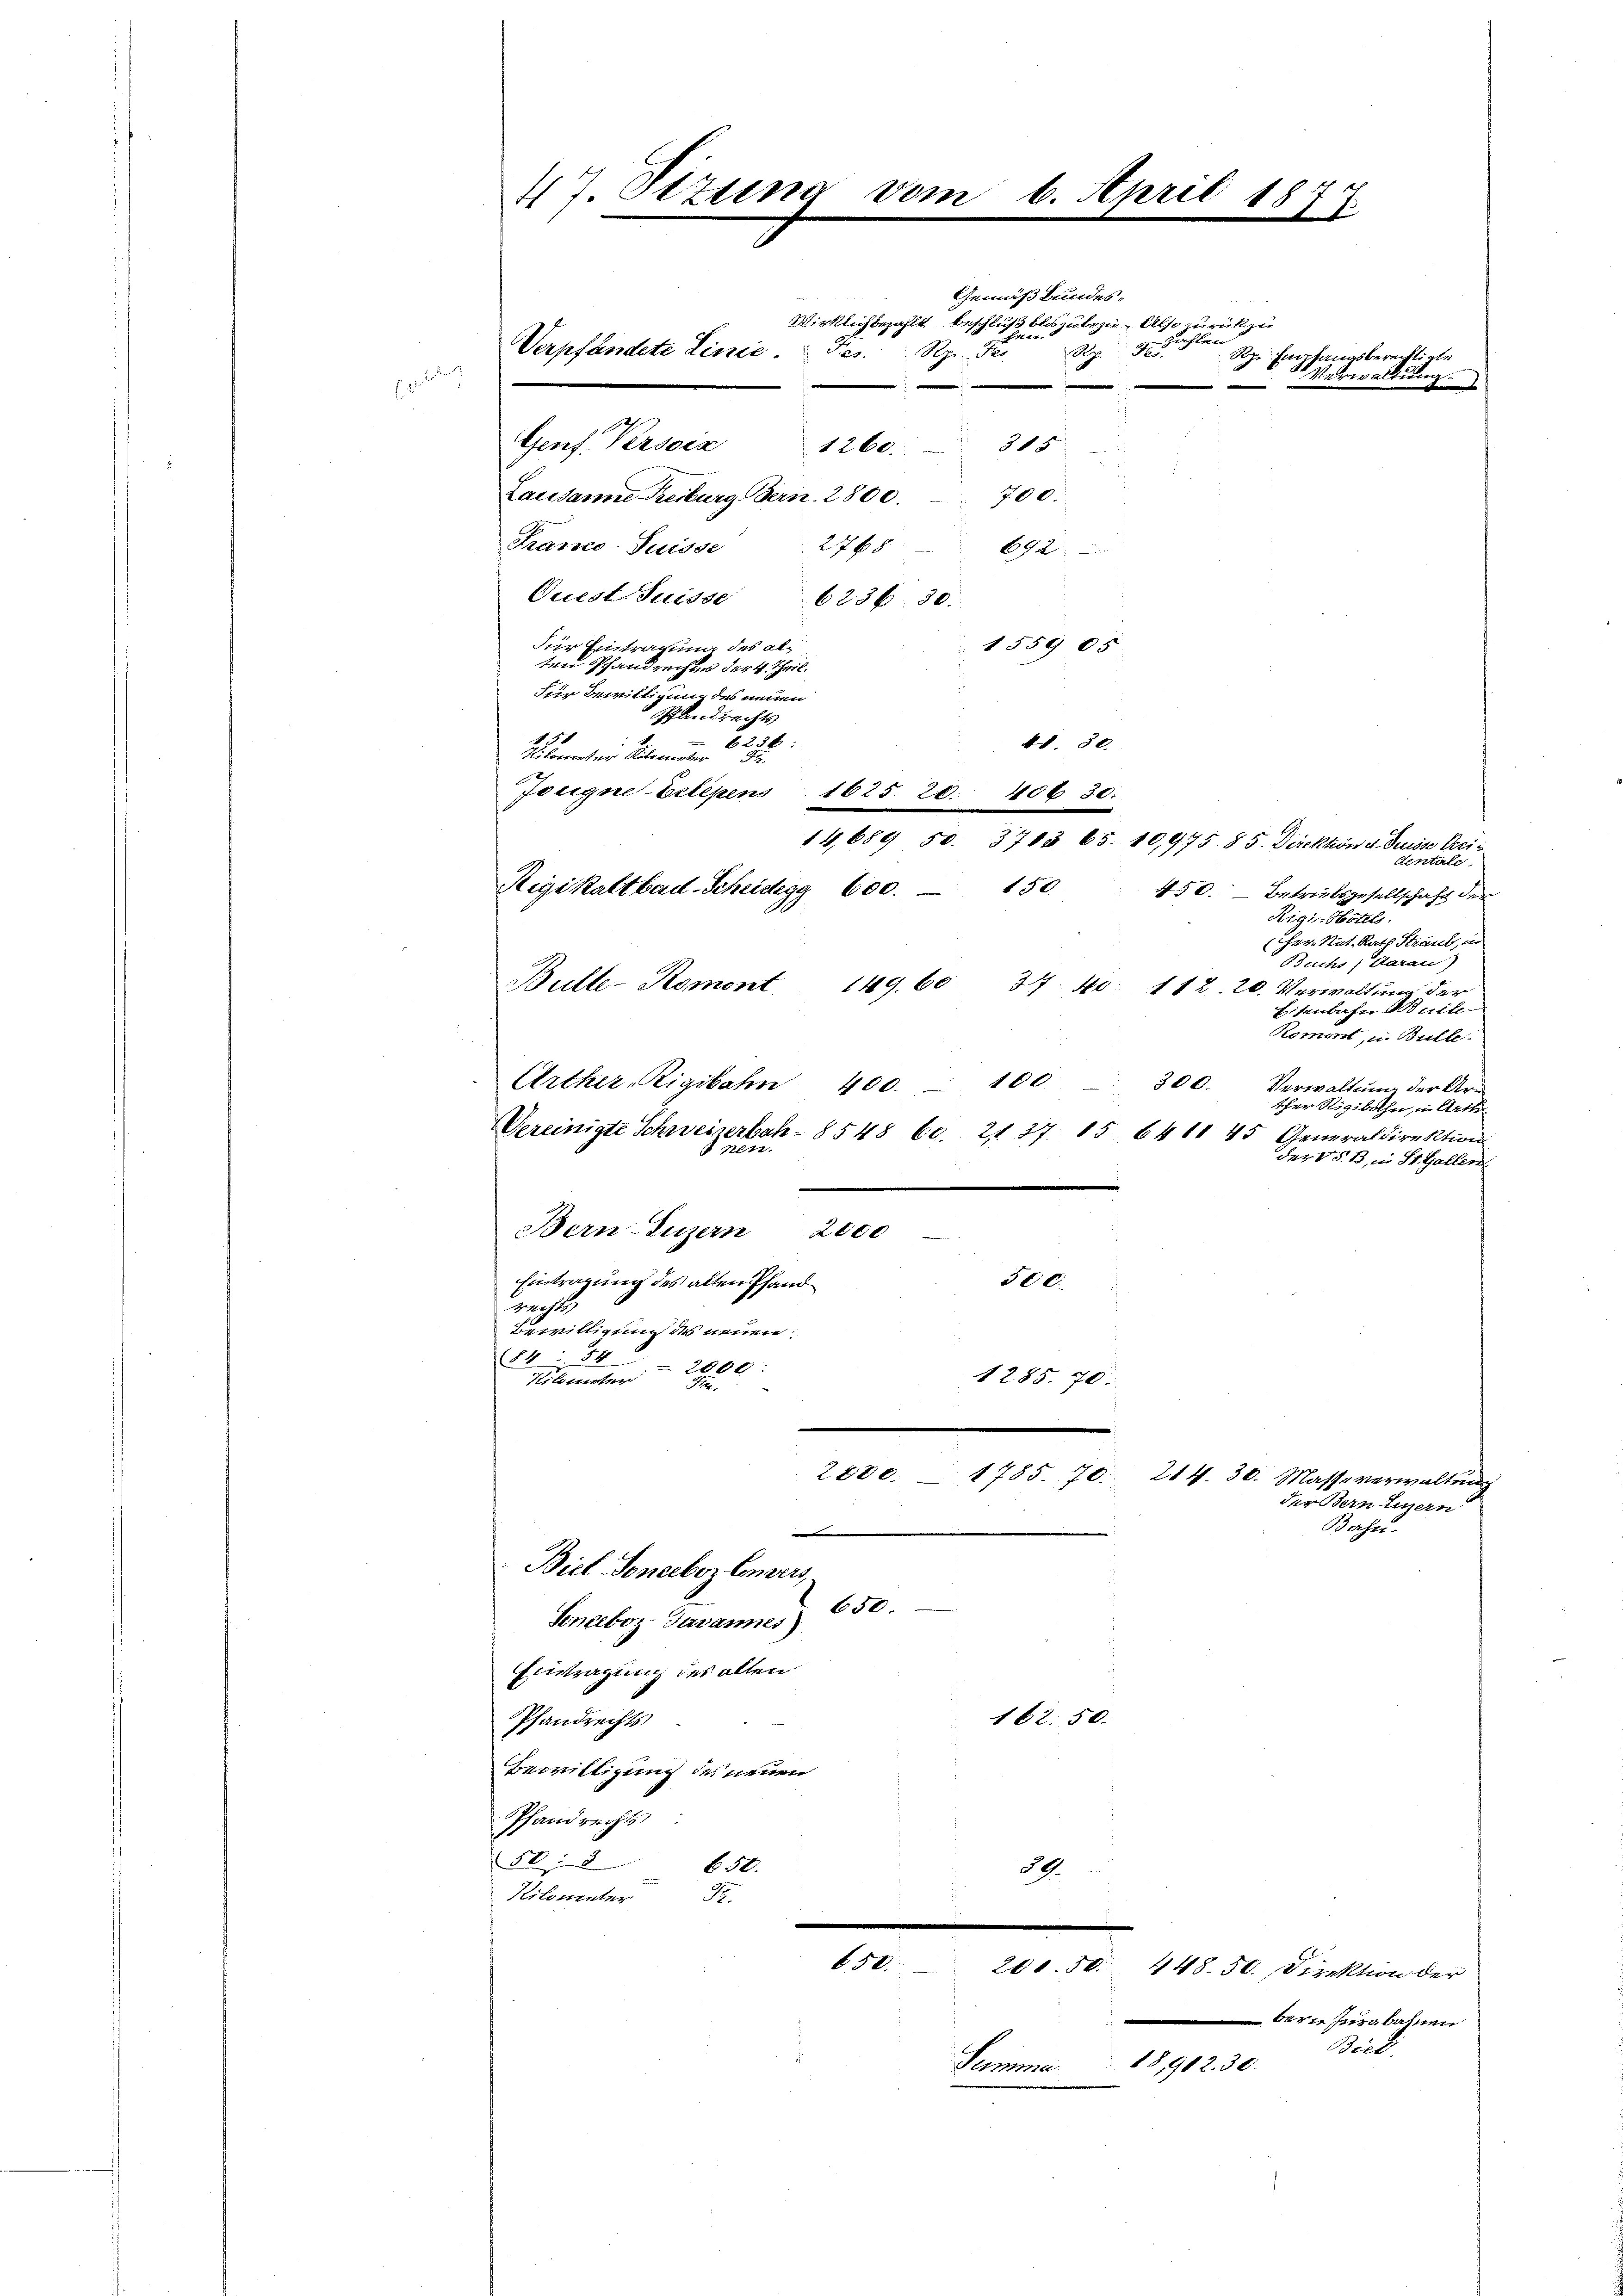
47. Sitzung vom 6. April 1844
.
.

Gemäß Bundes¬
Wirklich bezahlt beschluß bloszubezu. Also zurück zu
Verpfändete Linie.  Fes
Rp. 5
Rp. Per
Genf Persoix
3 f 5
1260.
Lausanne Freiburg, Bern. 2800. 700.
Franco- Puisse 2765 692
Quest Suisse
6236. 30.
1559 05
für Eintragung des alten Pfandrechts der 4. Theil.
Für Bewilligung des neuen
Pfandrechts
1
dd. 30.
6298:
Kilometer Kilometer
Jougne-Eilepens 1625. 20. 406 30.
dentale.
Rigikaltbad-Scheidegg 600. 150.
450. – Betriebsgesellschaft der
cher Nat. Rath Stand, in
Buchs, darau)
Bulle-Komont 149. 60. 37. 40: 112. 20. Verwaltŭng der
Eisenbahn Bnite
Remont, u. Bulle
Arther-Rigibahn 400. 100 - 300.
Verwaltung der Arther Rigibahn, in Arth
Vereinigte Schweizerbah- 8548 60. 2137. 15. 6411 45 Generaldirektion
Prési
der V S. B. in St. Gallen
Bern Luzern 2000
Eintragung des alten Pfand
500.
wachsich
Bewittigung des neuen
(84. 54
2000
1285. 70.
Kitunter Fa
2800. 1785. 70. 214. 30. Masse verwaltŭng
der Bern Luzern
Bahn.
e
Biel Sonceboz Comers,
Soneboz Javannes) 650.
Eintragung des allen
162. 50.
Pfandrechts
Bewilligung des neuen
Pfandrechts
508
650.
39.
Kilomenter

650.

14,689 50. 3713. 65. 10,975 85. Direktion v. Suisse Aris

201. 50. 448. 50. Direktion der

zahlen
Sehr s

Summe

Rigi-Hotels

0er Jurabaten
Bick
18,902. 30.

fangsberechtigte
S Verwaltung.